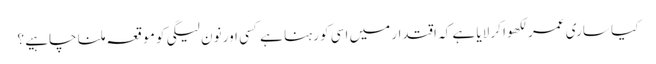
کیا ساری عمر لکھوا کر لایا ہے کہ اقتدار میں اسی کو رہنا ہے کسی اور نون لیگی کو موقعہ ملنا چاہیے ؟